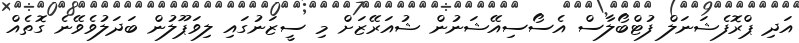
އަދި ޕްރޮފެޝަނަލް ފުޓްބޯލާސް އެސޯސިއޭޝަނުން ޝުއަރޭޒަށް މި ސީޒަނުގައި ލިވަޕޫލުން ބަދަލުވެވޭނެ ގޮތެއް